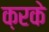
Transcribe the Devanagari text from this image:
क़रके